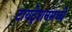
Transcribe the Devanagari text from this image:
टायट्रेशनमध्ये